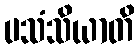
ပသံသိယာတိ